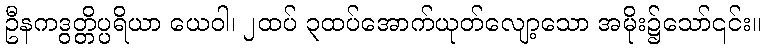
ဦနကဒွတ္တိပ္ပရိယာ ယေဝါ၊ ၂ထပ် ၃ထပ်အောက်ယုတ်လျော့သော အမိုး၌သော်၎င်း။